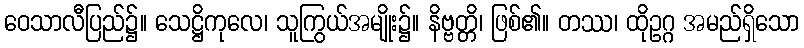
ဝေသာလီပြည်၌။ သေဋ္ဌိကုလေ၊ သူကြွယ်အမျိုး၌။ နိဗ္ဗတ္တိ၊ ဖြစ်၏။ တဿ၊ ထိုဥဂ္ဂ အမည်ရှိသော